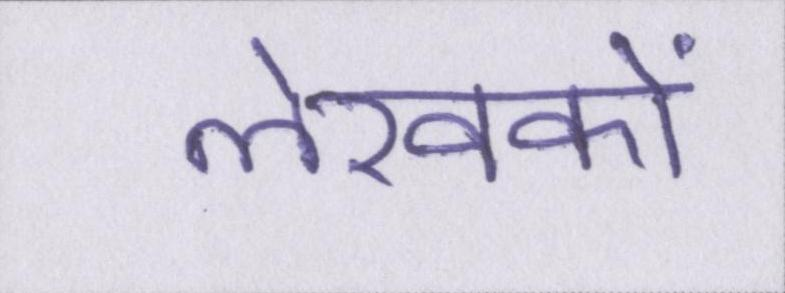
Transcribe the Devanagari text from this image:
लेखकों